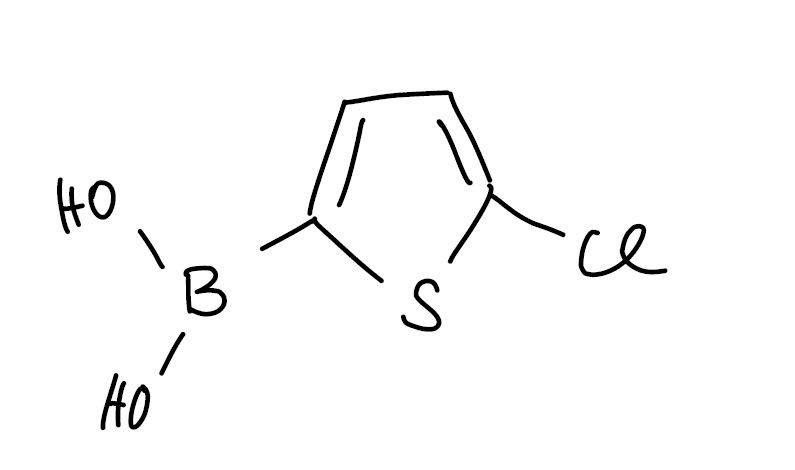
Simplified molecular-input line-entry system (SMILES) notation of the given molecule:
B(C1=CC=C(S1)Cl)(O)O